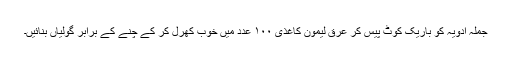
جملہ ادویہ کو باریک کوٹ پیس کر عرقِ لیمونِ کاغذی ۱۰۰ عدد میں خوب کھرل کر کے چنے کے برابر گولیاں بنائیں۔